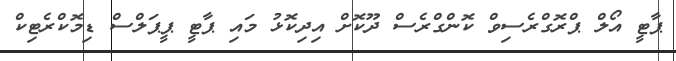
ޕާޓީ އޯލް ޕްރޮގްރެސިވް ކޮންގްރެސް ދޫކޮށް އިދިކޮޅު މައި ޕާޓީ ޕީޕަލްސް ޑިމޮކްރެޓިކް